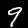
Digit: 9